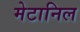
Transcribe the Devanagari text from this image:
मेटानिल